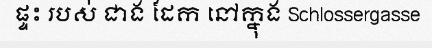
ផ្ទះ របស់ ជាង ដែក នៅក្នុង Schlossergasse